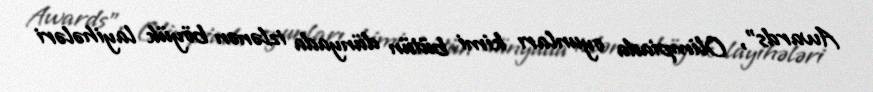
Awards”, Olimpiada oyunları kimi bütün dünyada izlənən böyük layihələri